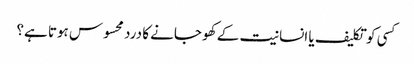
کسی کو تکلیف یا انسانیت کے کھو جانے کا درد محسوس ہوتا ہے؟